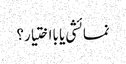
نمائشی یا بااختیار؟